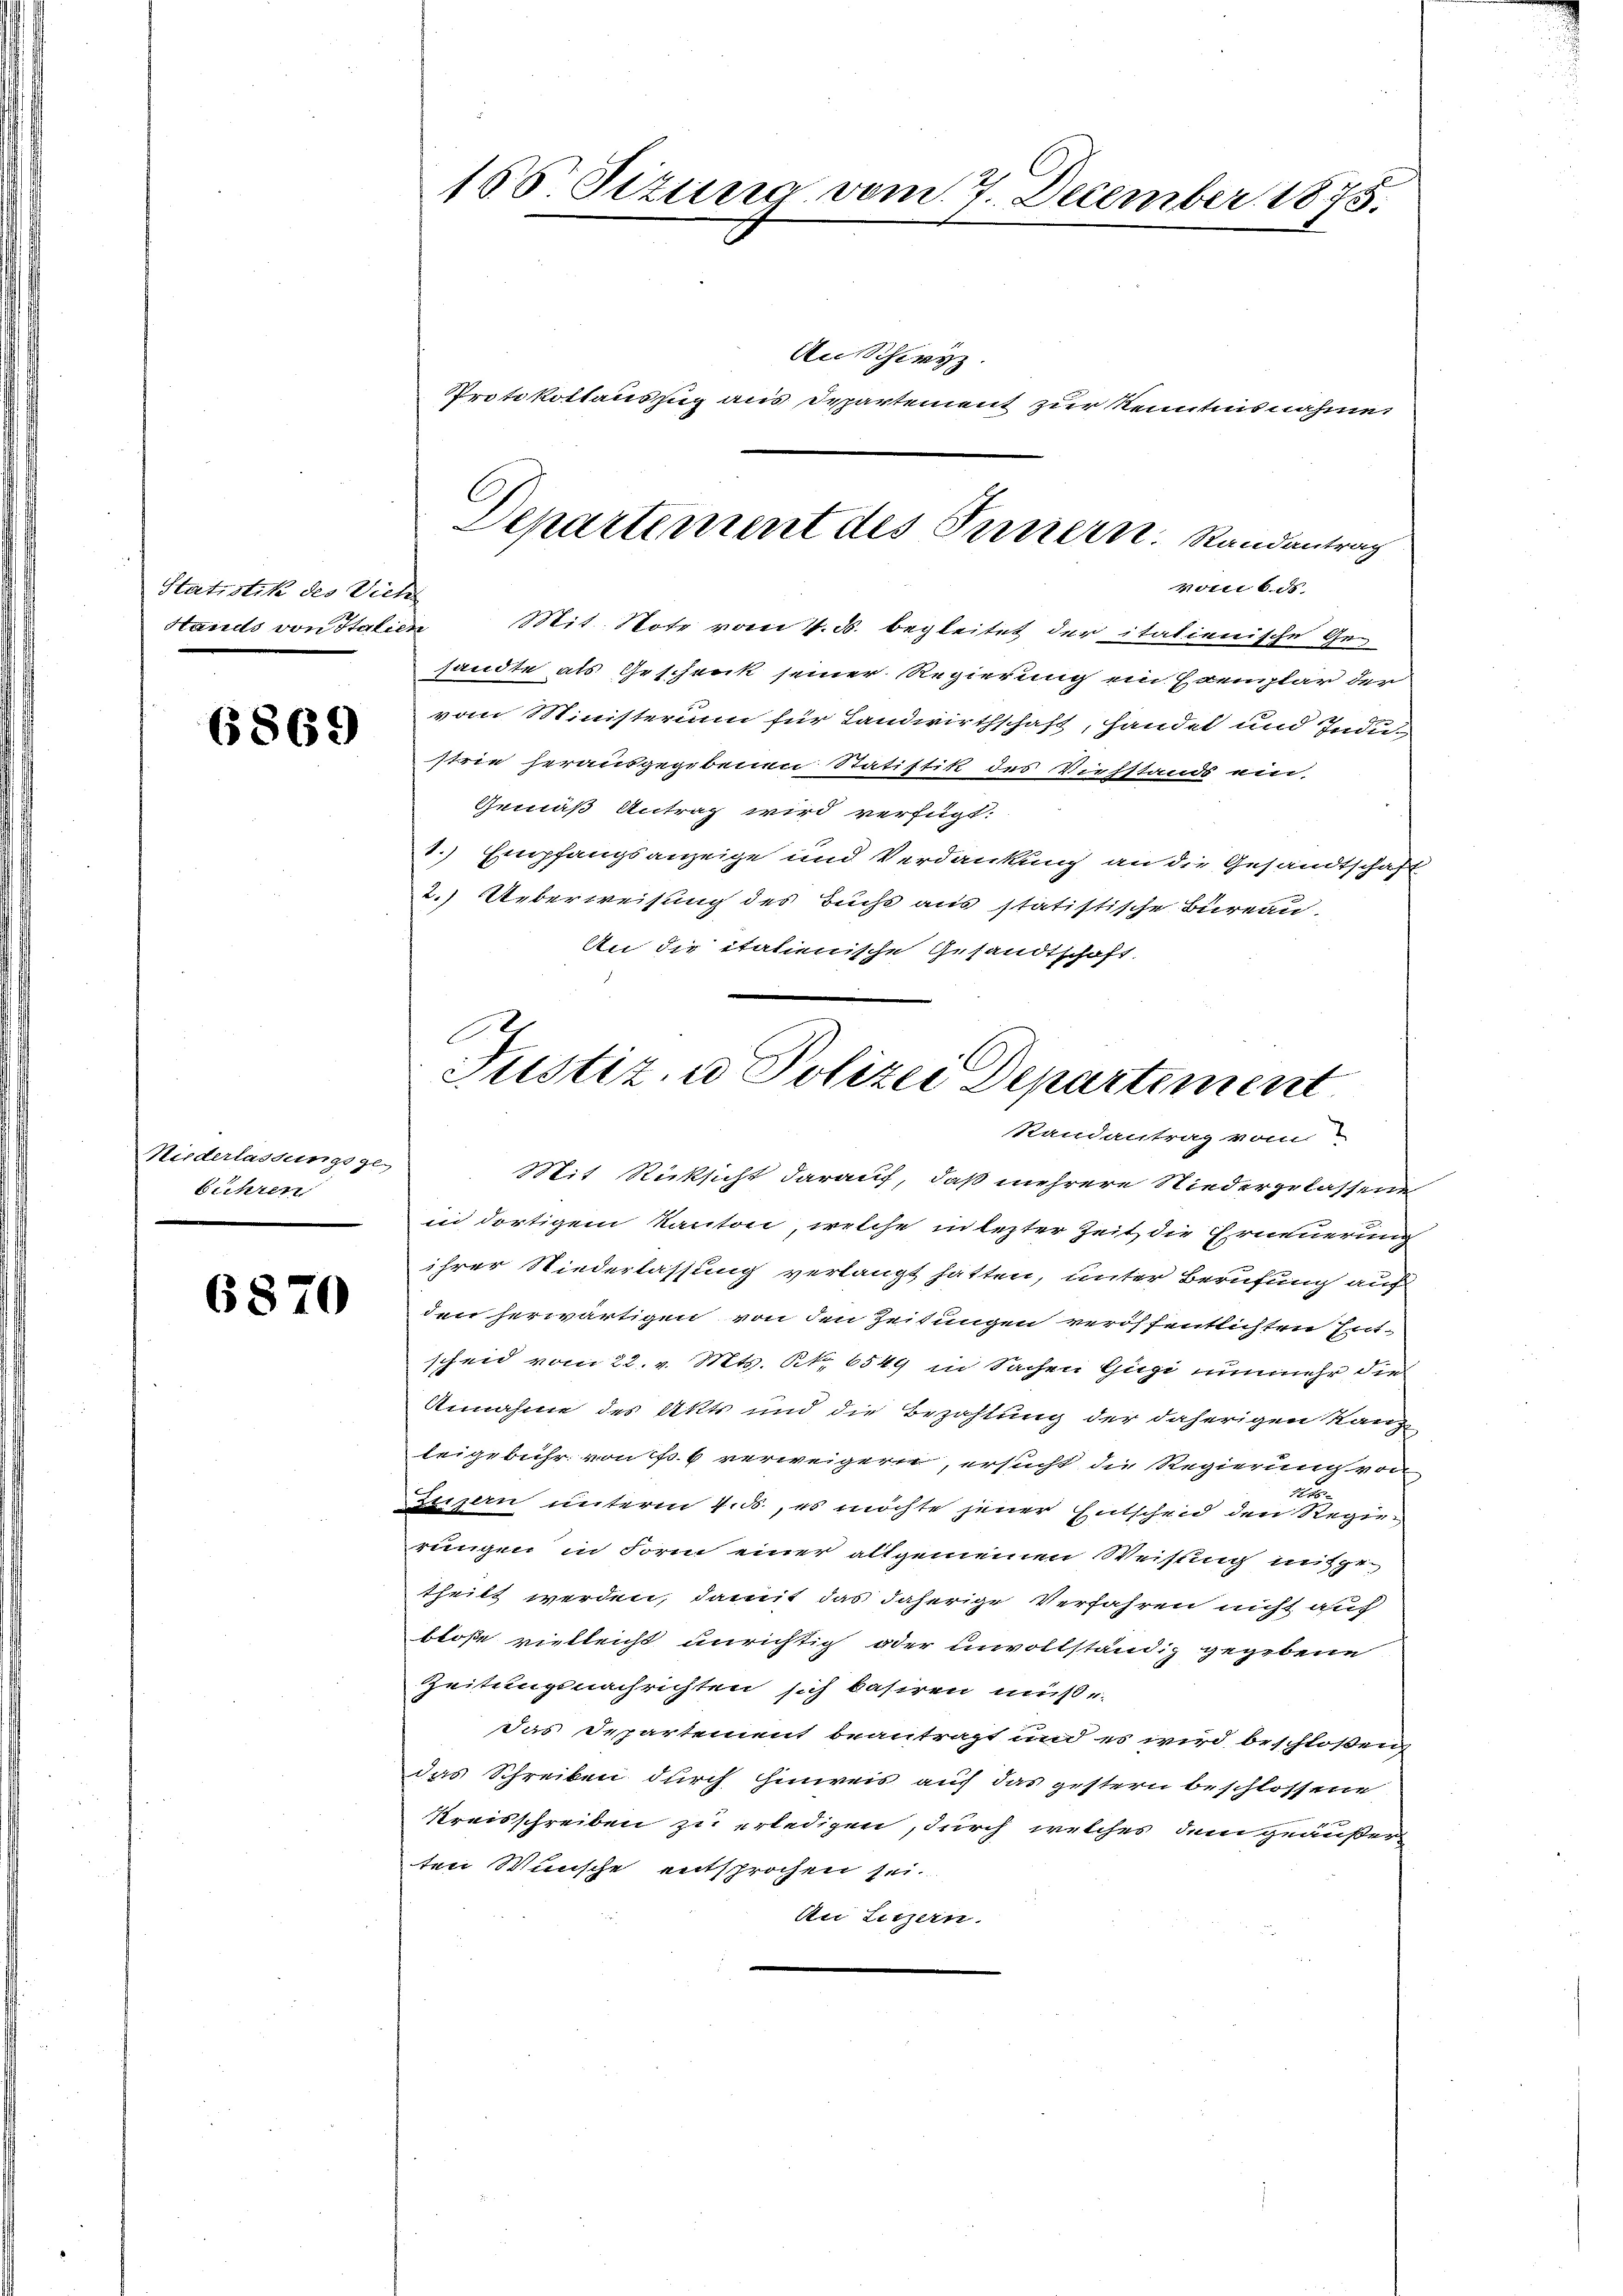
Statistik des Vier

6869

Niederlassungsge-
bühren

6870

156 Tizung vom 7. December 1875.

An Schwyz
Protokollauszug aus Departement zur Kenntnis nahme
sandte als Geschenk seiner Regierung ein Exemplar der
vom Ministerium für Landwirthschaft, handel und Indu-
strie herausgegebenen Statistik des Viehstands ein.
Gemäß Antrag wird verfügt:
1.) Empfangsanzeige und Verdankung an die Gesandtschaft
2.) Ueberweisung des Buchs aus statistische Bureau.
An die italienische Gesandtschaft.

Departement des Bernern. Randantrag
vom 6. ds
¬
Stands von Italien Mit Note vom 4. d. begleitet der italienische Ge¬

F
Justiz, u. Polizei Departement
Randantrag vom

Mit Rücksicht darauf, daß mehrere Niederzulassend
in dortigem Kanton, welche in lezter Zeit die Erneuerung
ihrer Niederlassung verlangt hatten, unter Berufung auf
den herwärtigen von den Zeitungen veröffentlichten Ent-
scheid vom 22. v. Mts. S. 6549 in Sachen Gugi nunmehr die
Annahme des Akts und die Bezahlung der daherigen Kanzleigebühr von No 6 verweigern, ersucht die Regierung von
Luzern unterm 4. ds., es möchte jener Entscheid den Regierungen in Form einer allgemeinen Weisung mitge
theilt werden, damit das daherige Verfahren nicht auf
bloße vielleicht unrichtig oder unvollständig gegebene
Zeitungsnachrichten sich basiren müsse.
das Departement beantragt und es wird beschloßen
das Schreiben durch Einweis auf das gestern beschlossene
Kreisschreiben zu erledigen, durch welches dem geäußer
ten Wünsche entsprochen sei.
An Liezern.